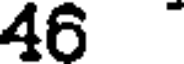
46